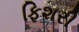
ફિશરી